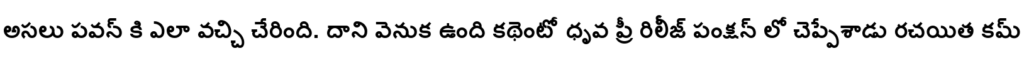
అసలు పవన్ కి ఎలా వచ్చి చేరింది. దాని వెనుక ఉంది కథెంటో ధృవ ప్రీ రిలీజ్ పంక్షన్ లో చెప్పేశాడు రచయిత కమ్